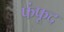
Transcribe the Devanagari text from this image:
फंफूद